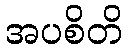
အပစိတိ